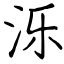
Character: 泺